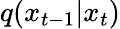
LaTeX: q(x_{t-1}|x_{t})